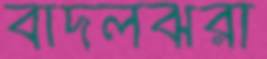
বাদলঝরা